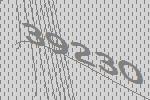
39230